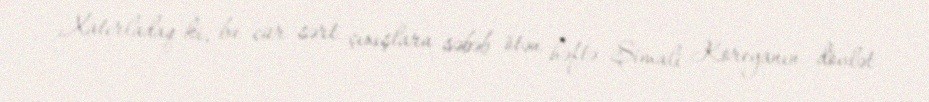
Xatırladaq ki, bu cür sərt çıxışlara səbəb ötən həftə Şimali Koreyanın dövlət